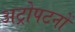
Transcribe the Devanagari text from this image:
अट्रोपटनों